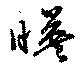
暎